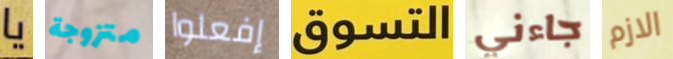
يا متزوجة إفعلوا التسوق جاءني الازم